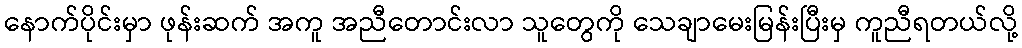
နောက်ပိုင်းမှာ ဖုန်းဆက် အကူ အညီတောင်းလာ သူတွေကို သေချာမေးမြန်းပြီးမှ ကူညီရတယ်လို့